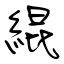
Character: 緄